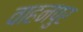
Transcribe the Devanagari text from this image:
वाहनपुर